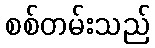
စစ်တမ်းသည်